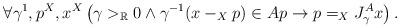
LaTeX: \begin{align*}\forall \gamma^1,p^X,x^X\left(\gamma>_\mathbb{R}0\land \gamma^{-1}(x-_Xp)\in Ap\rightarrow p=_X J^A_{\gamma} x\right).\end{align*}